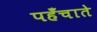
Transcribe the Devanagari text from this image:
पहँचाते